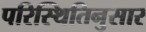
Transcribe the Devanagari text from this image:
परिस्थितिनुसार